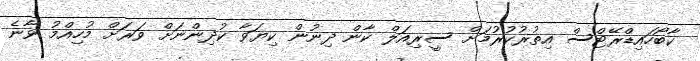
ކާބޯހައިޑްރޭޓްސް އިތުރުކުރުމަށް ސީރިއަލް ކާން ދިނުން ކިޔަވާ ކުދިންނަށް ވަރަށް މުހިއްމު ވާނެ